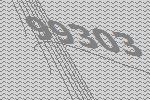
99303